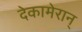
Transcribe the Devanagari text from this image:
देकामेरान्